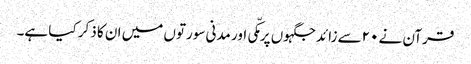
قرآن نے ۲۰سے زائد جگہوں پر مکّی اور مدنی سورتوں میں ان کا ذکر کیا ہے۔